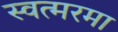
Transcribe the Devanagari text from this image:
स्वत्मरमा